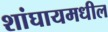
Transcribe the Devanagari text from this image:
शांघायमधील